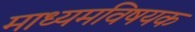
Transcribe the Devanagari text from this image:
माध्यमविषयक